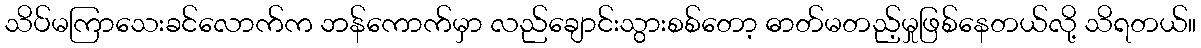
သိပ်မကြာသေးခင်လောက်က ဘန်ကောက်မှာ လည်ချောင်းသွားစစ်တော့ ဓာတ်မတည့်မှုဖြစ်နေတယ်လို့ သိရတယ်။